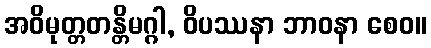
အဝိမုတ္တတန္တိမဂ္ဂါ, ဝိပဿနာ ဘာဝနာ စေဝ။